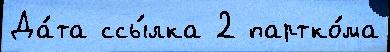
Да́та ссы́лка 2 партко́ма